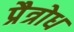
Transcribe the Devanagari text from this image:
प्रैत्रोध